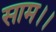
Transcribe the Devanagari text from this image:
साम।।